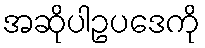
အဆိုပါဥပဒေကို